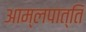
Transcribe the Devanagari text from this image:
आम्लपात्ति